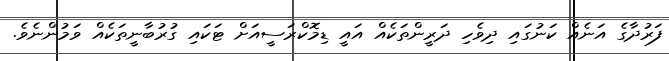
ފަރުދާގެ އަނެއް ކަނުގައި ދިވެހި ދަރީންތަކެއް އައީ ޑިމޮކްރަސީއަށް ޓަކައި ގުރުބާނީތަކެއް ވަމުންނެވެ.